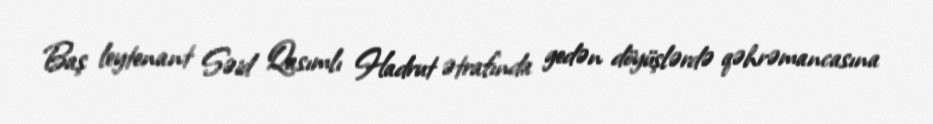
Baş leytenant Səid Qasımlı Hadrut ətrafında gedən döyüşlərdə qəhrəmancasına